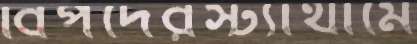
বিপদেরস্ট্যাথামে